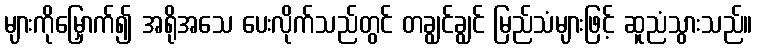
များကိုမြှောက်၍ အရိုအသေ ပေးလိုက်သည်တွင် တချွင်ချွင် မြည်သံများဖြင့် ဆူညံသွားသည်။